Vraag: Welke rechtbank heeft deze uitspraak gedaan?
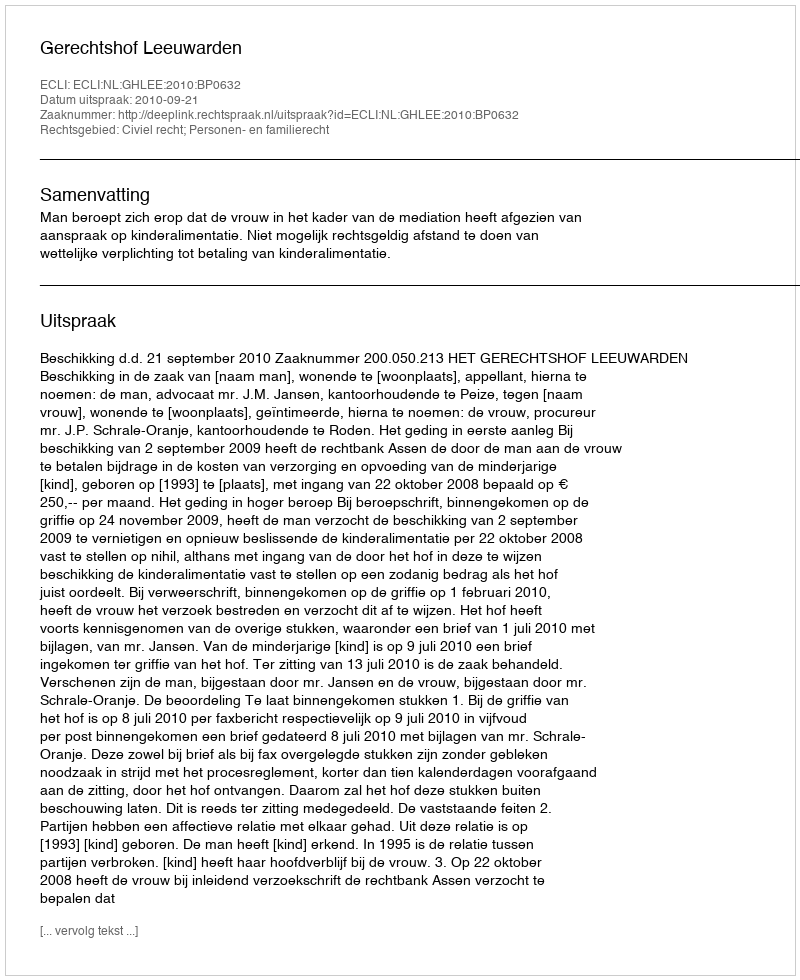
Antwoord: Gerechtshof Leeuwarden